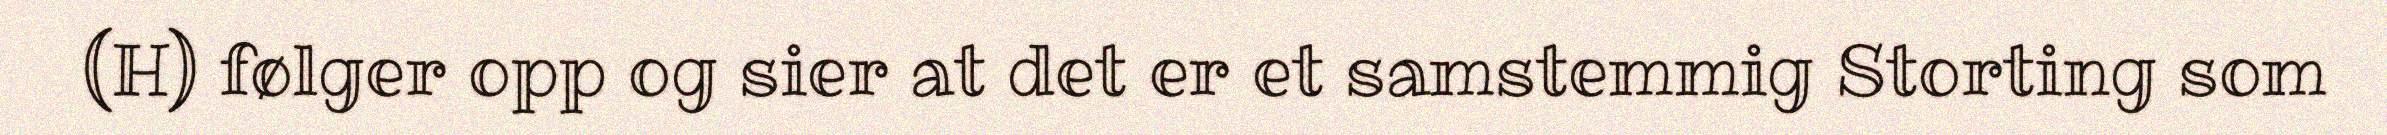
(H) følger opp og sier at det er et samstemmig Storting som